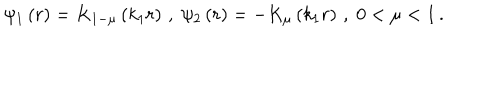
\psi _ { 1 } \left( r \right) = K _ { 1 - \mu } \left( k _ { 1 } r \right) \, , \; \psi _ { 2 } \left( r \right) = - K _ { \mu } \left( k _ { 1 } r \right) \, , \; 0 < \mu < 1 \, .